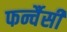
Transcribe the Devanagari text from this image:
फर्न्चैसी